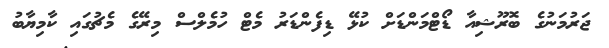
ޖަރުމަނުގެ ބޮރޫޝިއާ ޑޯޓްމަންޑަށް ކުޅޭ ޑިފެންޑަރު މެޓް ހުމެލްސް މިރޭގެ މެޗުގައި ކާމިޔާބު